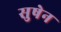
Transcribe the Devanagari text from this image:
सुषेन